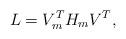
LaTeX: \begin{align*}L = V_m^T H_m V^T,\end{align*}